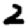
Digit: 2